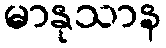
မာနုသာန